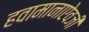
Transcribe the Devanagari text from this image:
हवामानाऐवजी